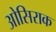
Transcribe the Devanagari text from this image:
ओसिराक